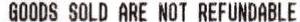
GOODS SOLD ARE NOT REFUNDABLE